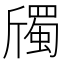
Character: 斶